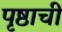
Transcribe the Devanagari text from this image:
पृष्ठाची